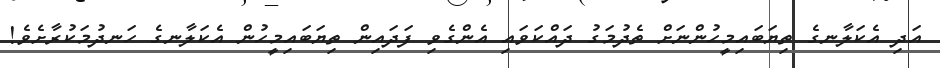
އަދި އެކަލާނގެ ތިޔަބައިމީހުންނަށް ތެދުމަގު ދައްކަވައި އެންގެވި ފަދައިން ތިޔަބައިމީހުން އެކަލާނގެ ހަނދުމަކުރާށެވެ!